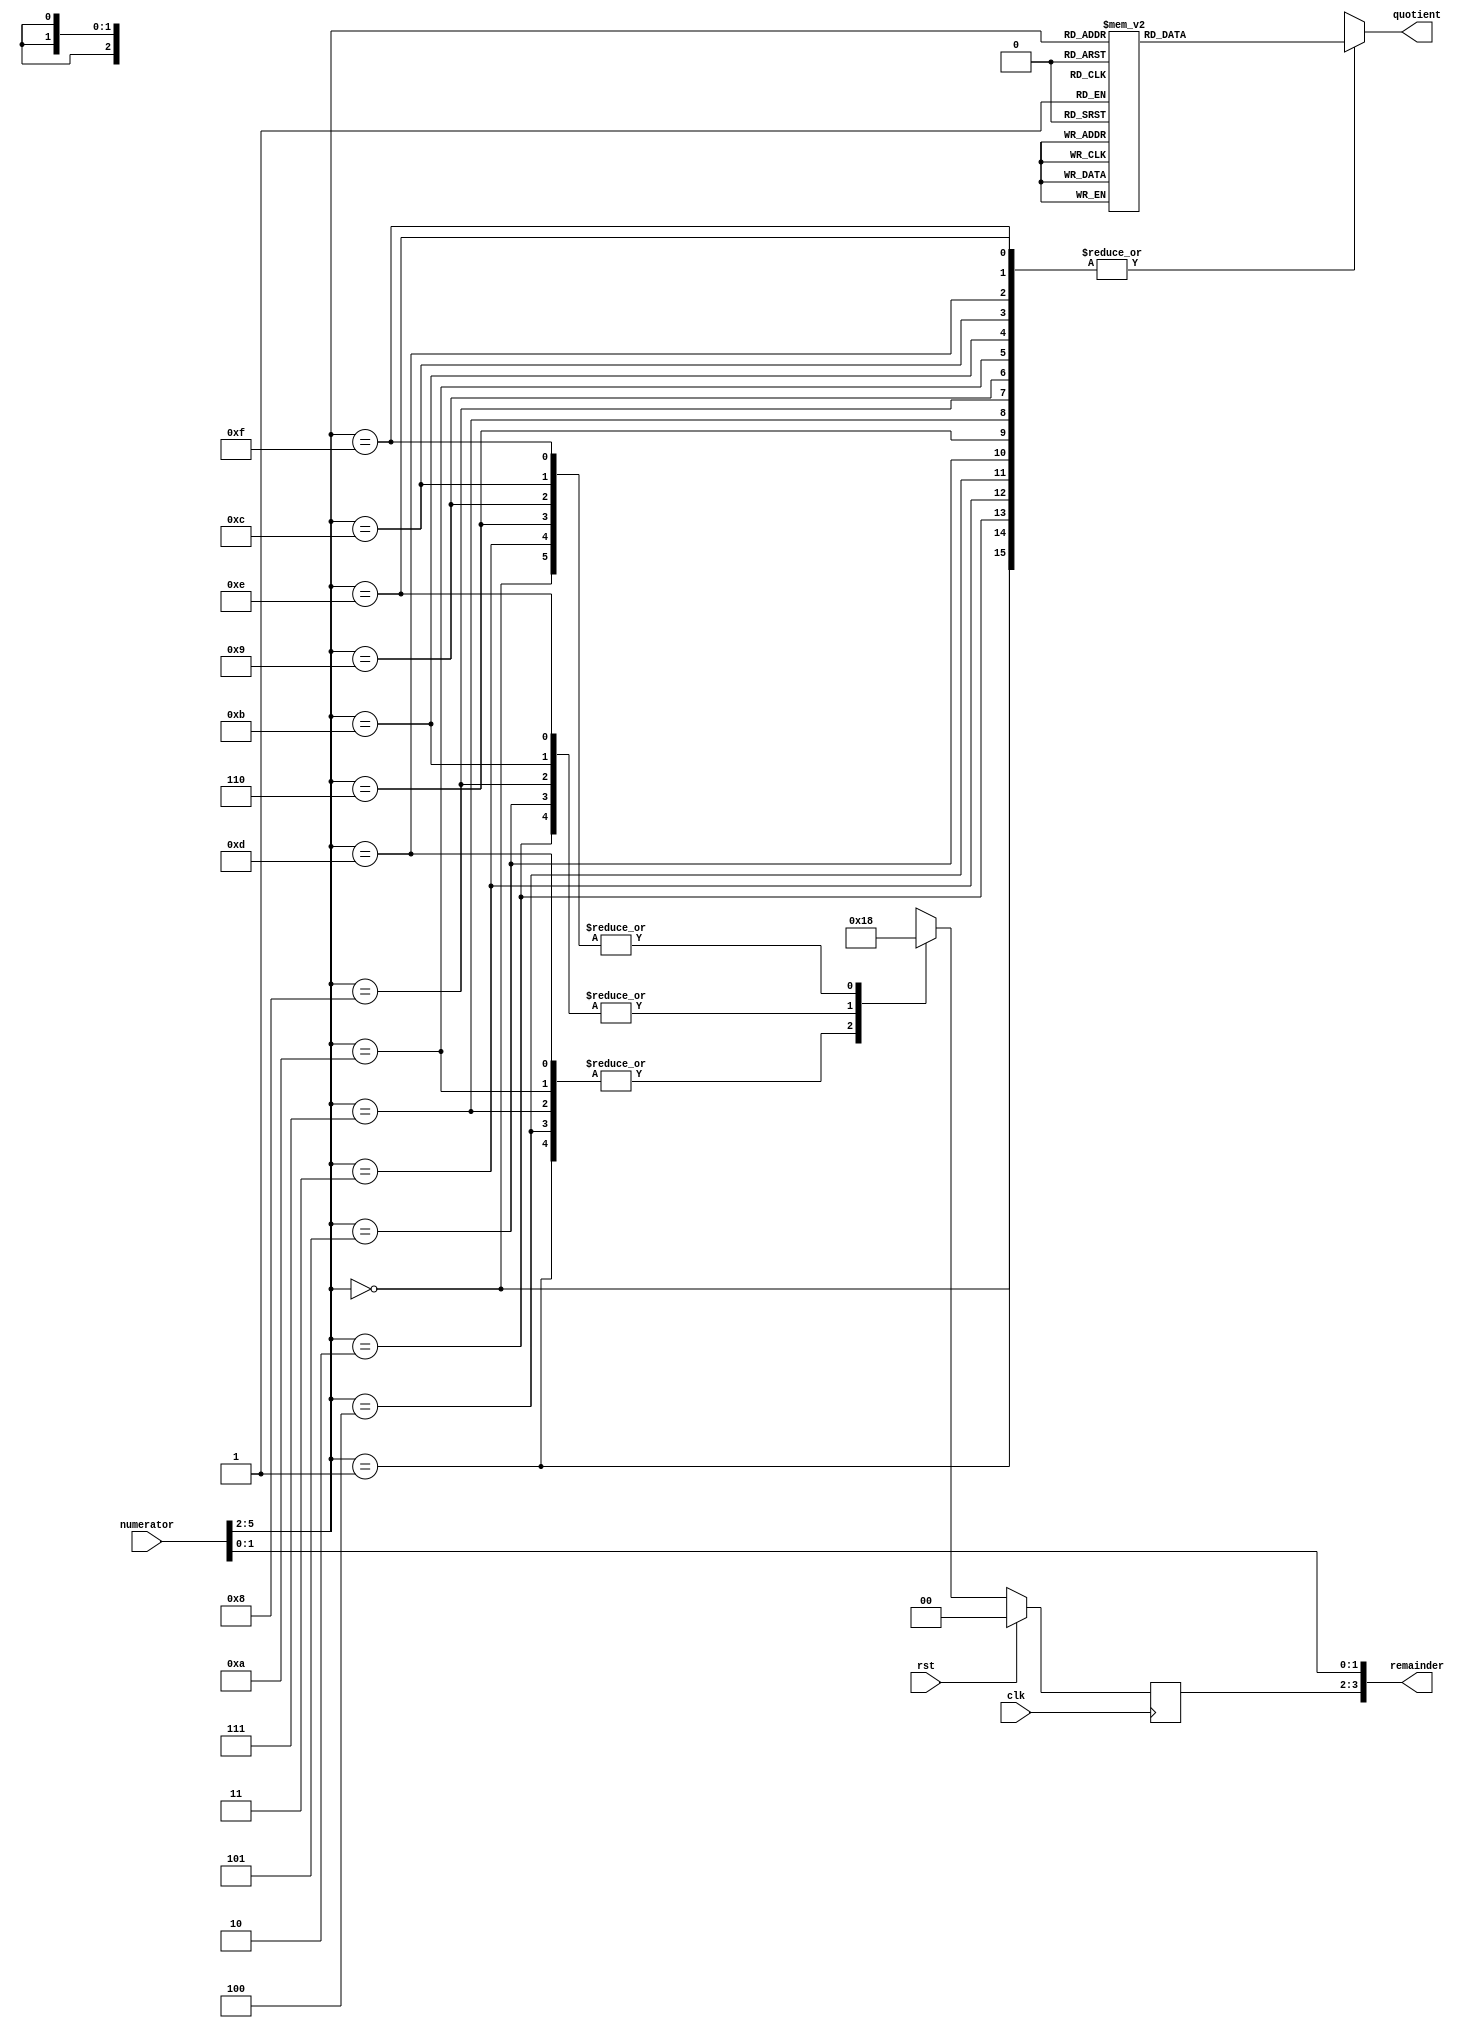
/*
   This file was generated automatically by the Mojo IDE version B1.3.6.
   Do not edit this file directly. Instead edit the original Lucid source.
   This is a temporary file and any changes made to it will be destroyed.
*/

module divide_by12_47 (
    input clk,
    input rst,
    input [5:0] numerator,
    output reg [2:0] quotient,
    output reg [3:0] remainder
  );
  
  
  
  reg [1:0] M_remainder3to2_d, M_remainder3to2_q = 1'h0;
  
  always @* begin
    M_remainder3to2_d = M_remainder3to2_q;
    
    
    case (numerator[2+3-:4])
      1'h0: begin
        quotient = 1'h0;
      end
      1'h1: begin
        quotient = 1'h0;
      end
      2'h2: begin
        quotient = 1'h0;
      end
      2'h3: begin
        quotient = 1'h1;
      end
      3'h4: begin
        quotient = 1'h1;
      end
      3'h5: begin
        quotient = 1'h1;
      end
      3'h6: begin
        quotient = 2'h2;
      end
      3'h7: begin
        quotient = 2'h2;
      end
      4'h8: begin
        quotient = 2'h2;
      end
      4'h9: begin
        quotient = 2'h3;
      end
      4'ha: begin
        quotient = 2'h3;
      end
      4'hb: begin
        quotient = 2'h3;
      end
      4'hc: begin
        quotient = 3'h4;
      end
      4'hd: begin
        quotient = 3'h4;
      end
      4'he: begin
        quotient = 3'h4;
      end
      4'hf: begin
        quotient = 3'h5;
      end
      default: begin
        quotient = 1'h0;
      end
    endcase
    
    case (numerator[2+3-:4])
      1'h0: begin
        M_remainder3to2_d = 1'h0;
      end
      1'h1: begin
        M_remainder3to2_d = 1'h1;
      end
      2'h2: begin
        M_remainder3to2_d = 2'h2;
      end
      2'h3: begin
        M_remainder3to2_d = 1'h0;
      end
      3'h4: begin
        M_remainder3to2_d = 1'h1;
      end
      3'h5: begin
        M_remainder3to2_d = 2'h2;
      end
      3'h6: begin
        M_remainder3to2_d = 1'h0;
      end
      3'h7: begin
        M_remainder3to2_d = 1'h1;
      end
      4'h8: begin
        M_remainder3to2_d = 2'h2;
      end
      4'h9: begin
        M_remainder3to2_d = 1'h0;
      end
      4'ha: begin
        M_remainder3to2_d = 1'h1;
      end
      4'hb: begin
        M_remainder3to2_d = 2'h2;
      end
      4'hc: begin
        M_remainder3to2_d = 1'h0;
      end
      4'hd: begin
        M_remainder3to2_d = 1'h1;
      end
      4'he: begin
        M_remainder3to2_d = 2'h2;
      end
      4'hf: begin
        M_remainder3to2_d = 1'h0;
      end
      default: begin
        quotient = 1'h0;
      end
    endcase
    remainder[0+1-:2] = numerator[0+1-:2];
    remainder[2+1-:2] = M_remainder3to2_q;
  end
  
  always @(posedge clk) begin
    if (rst == 1'b1) begin
      M_remainder3to2_q <= 1'h0;
    end else begin
      M_remainder3to2_q <= M_remainder3to2_d;
    end
  end
  
endmodule